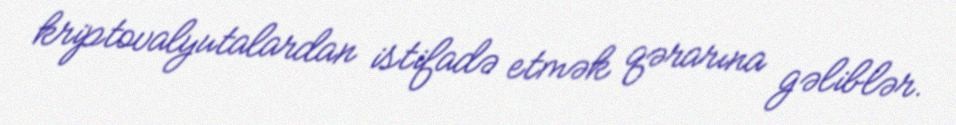
kriptovalyutalardan istifadə etmək qərarına gəliblər.